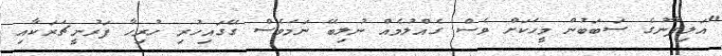
"އަލިފާނުގެ ސަބަބުން މީހަކަށް ވެސް ގެއްލުމެއް ނުލިބޭ ނަމަވެސް ގޭގައިހުރި ހުރިހާ ފަރުނީޗަރަކާއި